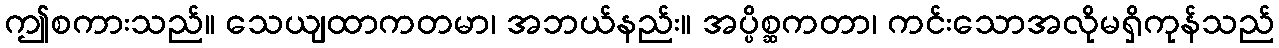
ဤစကားသည်။ သေယျထာကတမာ၊ အဘယ်နည်း။ အပ္ပိစ္ဆကတာ၊ ကင်းသောအလိုမရှိကုန်သည်